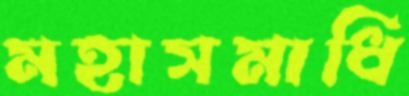
মহাসমাধি